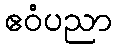
ဧဝံပညာ